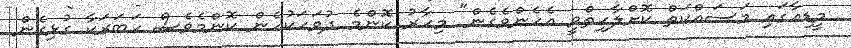
މީޑިއާގައި މަސައްކަތް ކޮށްލާހިތްވީ އެހެންވެގެން" މިހާރު ކޮންމެ ދުވަހަކުހެން ކޮންމެވެސް ހަބަރަކާ ގުޅިގެން